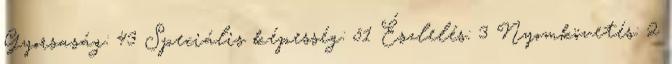
Gyorsaság: 43 Speciális képesség: 51 Észlelés: 3 Nyomkövetés: 2